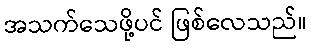
အသက်သေဖို့ပင် ဖြစ်လေသည်။